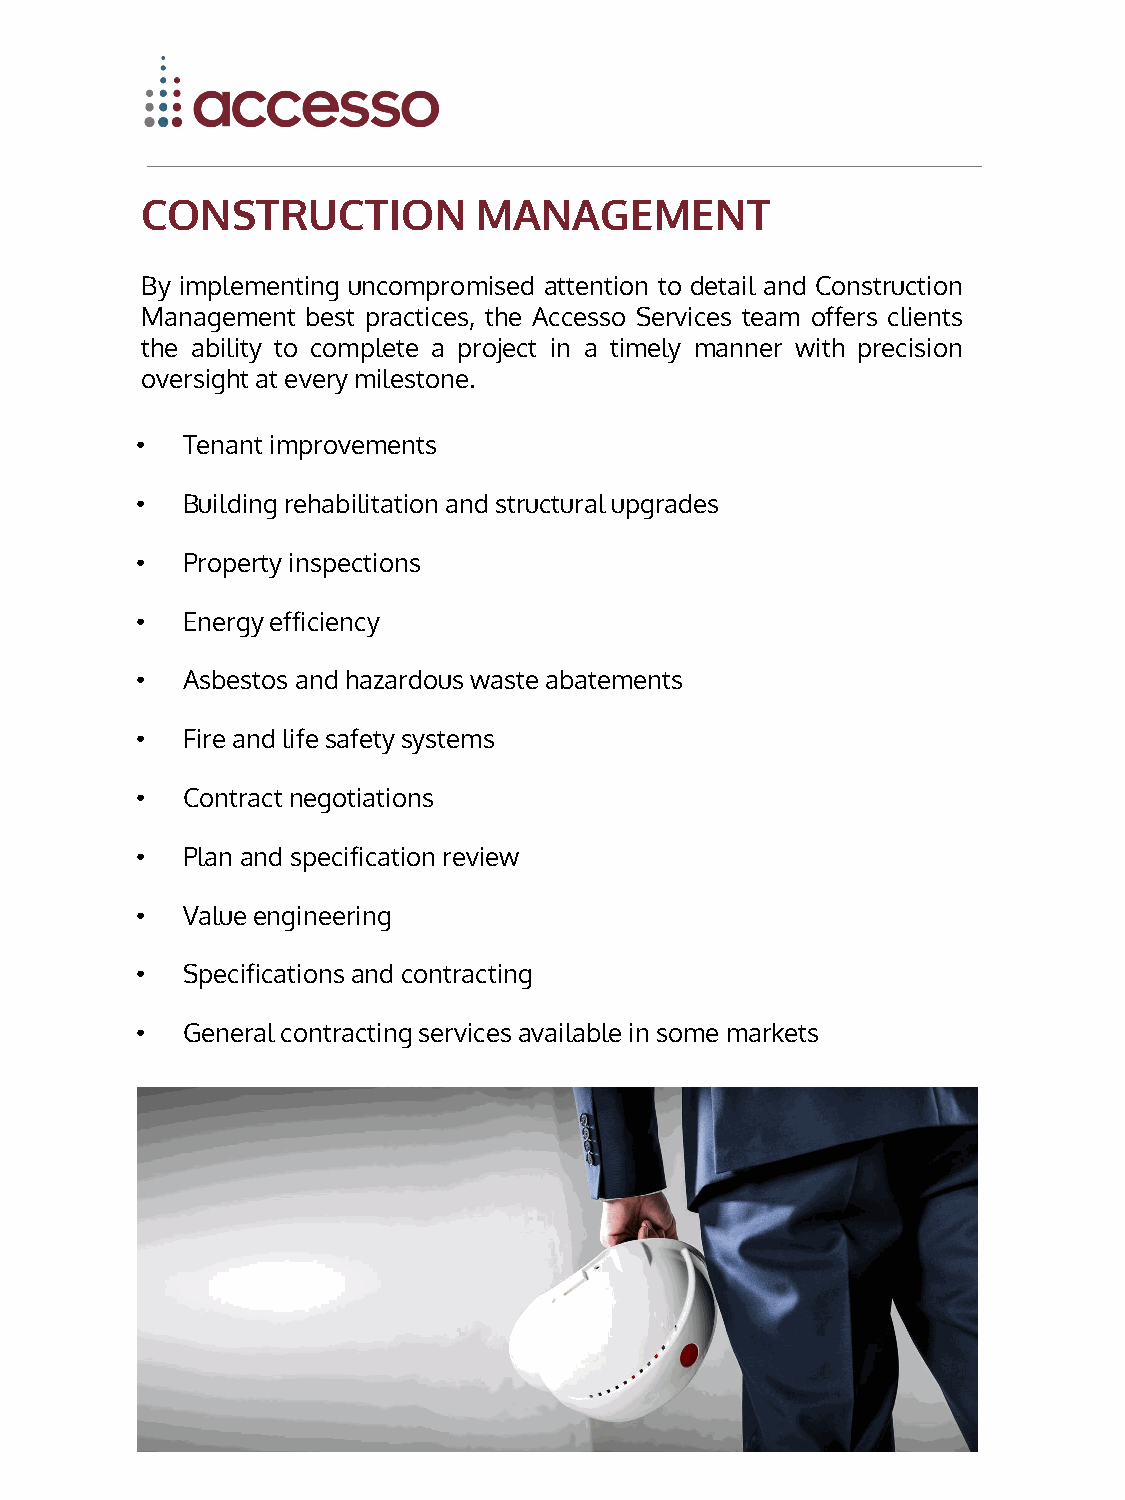
CONSTRUCTION           MANAGEMENT
 By implementing uncompromised attention to detail and Construction
 Management best practices, the Accesso Services team offers clients
 the ability to complete a project in a timely manner with precision
 oversightat everymilestone.
 •  Tenantimprovements
 •  Buildingrehabilitationand structuralupgrades
 •  Propertyinspections
 •  Energyefficiency
 •  Asbestos and hazardous wasteabatements
 •  Fire and lifesafetysystems
 •  Contractnegotiations
 •  Plan and specification review
 •  Value engineering
 •  Specificationsand contracting
 •  Generalcontractingservicesavailablein some markets